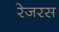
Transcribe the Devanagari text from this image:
रेजरस